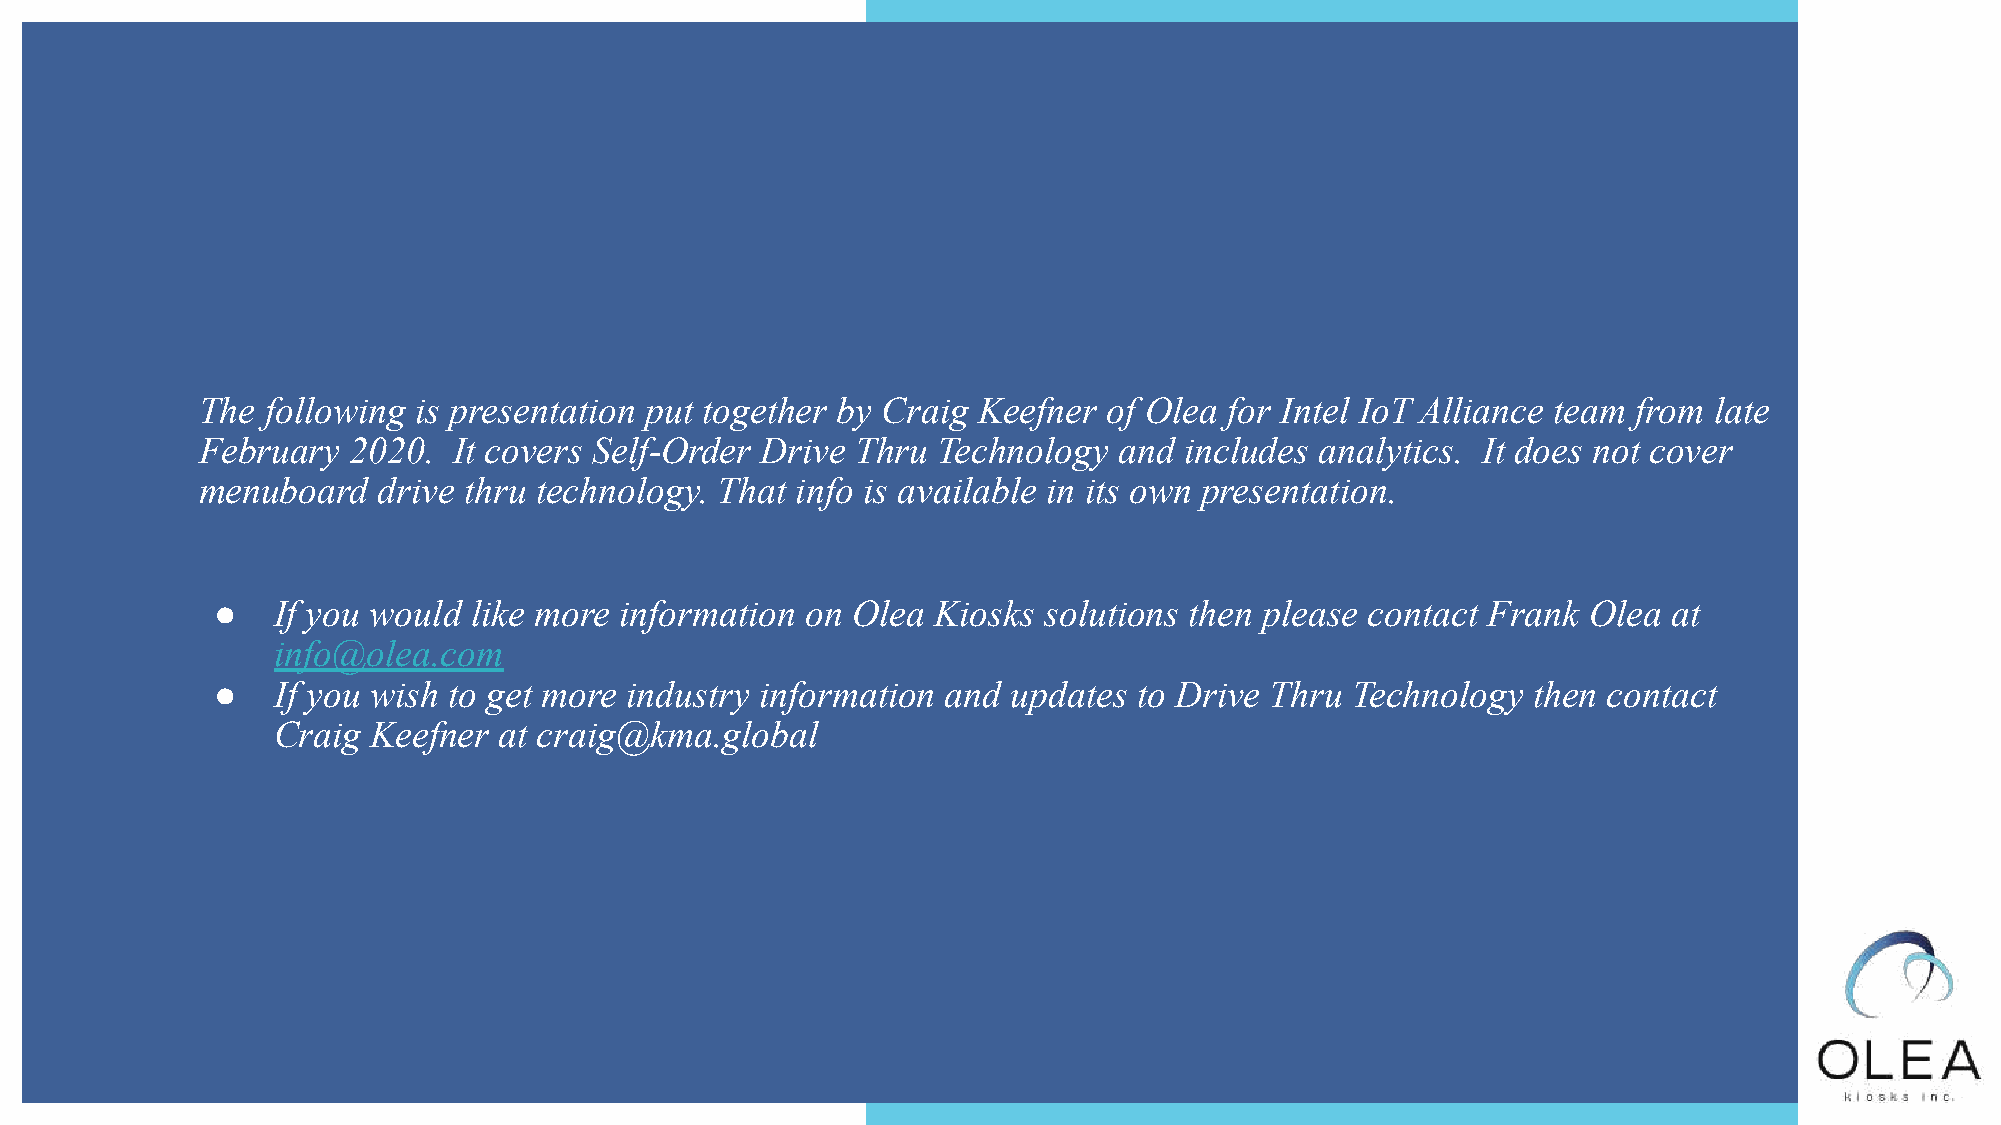
The  following is presentation put together by Craig Keefner of Olea for Intel IoT Alliance team from late
 February  2020.  It covers Self-Order Drive Thru Technology  and includes analytics. It does not cover
 menuboard   drive thru technology. That info is available in its own presentation.
 ●   If you would like more information on Olea  Kiosks solutions then please contact Frank Olea  at
 info@olea.com
 ●   If you wish to get more industry information and updates to Drive Thru  Technology then contact
 Craig  Keefner at craig@kma.global